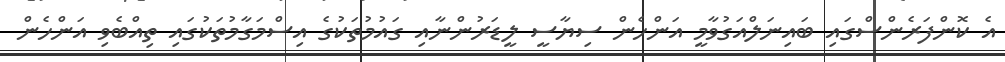
އެ ކޮންފަރެންސްގައި ބައިނަލްއަގުވާމީ އަންހެން ސިޔާސީ ލީޑަރުންނާއި ގައުމުތަކުގެ އިސްމަގާމުތަކުގައި ތިއްބެވި އަންހެން